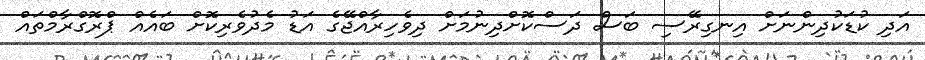
އަދި ކުޑަކުދިންނަށް އިނގިރޭސި ބަސް ދަސްކޮށްދިނުމަށް ދިވެހިރާއްޖޭގެ އަޑު މެދުވެރިކޮށް ބައެއް ޕްރޮގްރާމްތައް